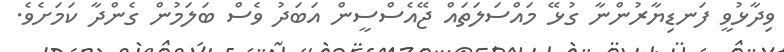
ވިދާޅުވީ ފަނޑިޔާރުންނާ ގުޅޭ މައްސަލަތައް ޖޭއެސްސީން އަބަދު ވެސް ބަލަމުން ގެންދާ ކަމަށެވެ.